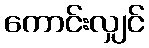
ကောင်းလျှင်